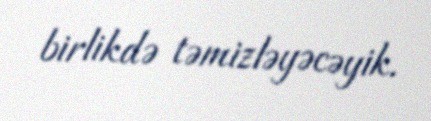
birlikdə təmizləyəcəyik.